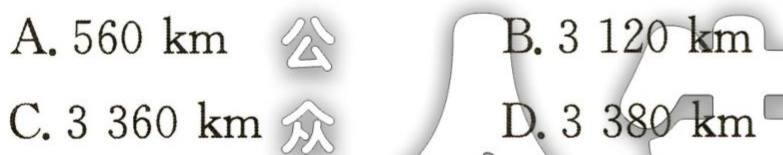
A. \(560\mathrm{km}\) 公

B. \(3120\mathrm{km}\)

C. \(3360\mathrm{km}\) 众

D. \(3380\mathrm{km}\)